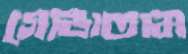
গোঙাতাম